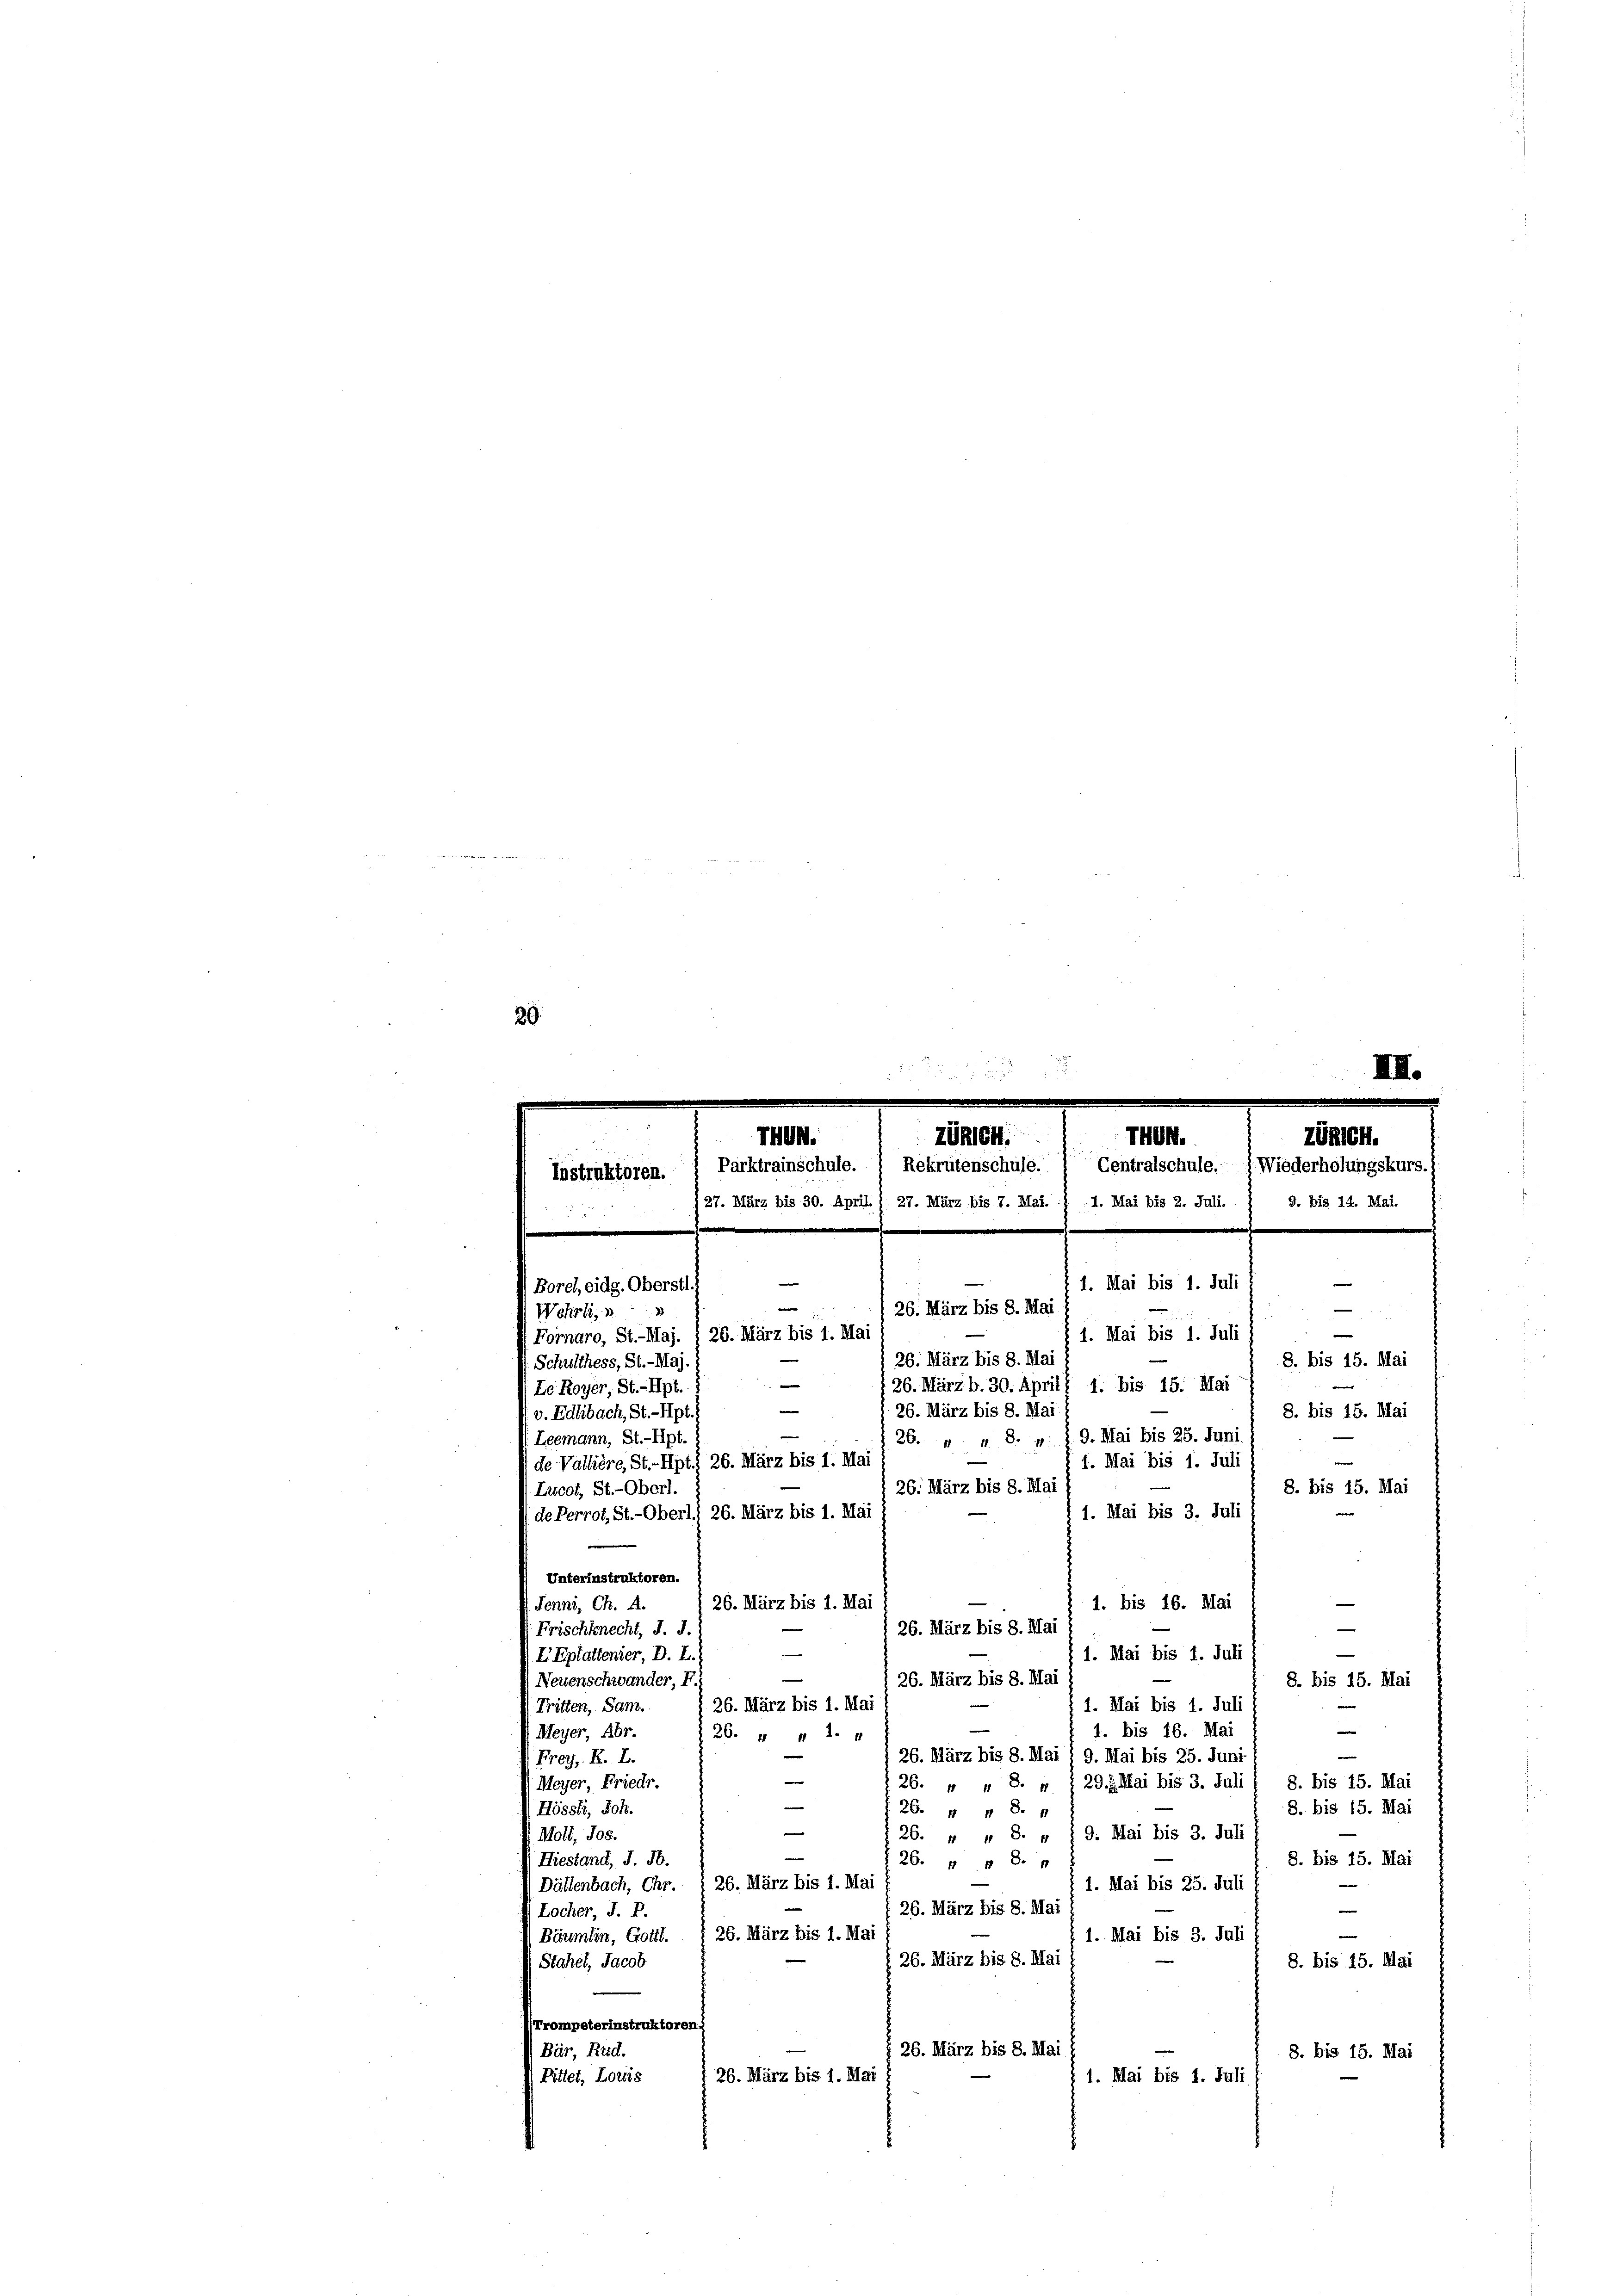
20
15 x
IIII.

THUN.
THGB.
ZURICH.
Zürich.
Instruktoren. ( Parktrainschule.  Rekrutenschule. Centralschule. J. Wiederholungskurs. I
I. Mai bis 2. Juli.
(27. März bis 30. April. ) 27. März bis 7. Mai.
9. bis 14. Mai.
e

1. Mai bis 1. Juli
—
e
1. Mai bis 1. Juli
8. bis 15. Mai
8. bis 15. Mai
1. Mai bis 1. Juli
8. bis 15. Mai
1. Mai bis 3. Juli 1
Unterinstruktoren.
1. bis 16. Mai
26. März bis 1. Mai
Penni, Ch. A.
26. März bis 8. Mai
rischknecht, J. J.
e
e
Eptattenier, D. L.
1. Mai bis 1. Juli
e
26. März bis 8. Mai
Neuenschwander, F.
8. bis 15. Mai
26. März bis 1. Mai
ritten, Sam.
1. Mai bis 1. Juli
e
1. bis 16. Mai
eyer, Abr.
26. 4 n 1. 4
e
26. März bis 8. Mai § 9. Mai bis 25. Juni
ret. F. I
¬
26. „ „ 8. „ 1 29. Mai bis 3. Juli / 8. bis 15. Mai
Meyer, Friedr.
Jössli, Joh.
8. bis 15. Mai
26 n 8.
Woll, Jos.
26. " " 8. u § 9. Mai bis 3. Juli
8. bis 15. Mai
Tiestand, J. H.
26. 48. 4
Dällenbach, Chr. 1 26. März bis 1. Mai
1. Mai bis 25. Juli
26. März bis 8. Mai
Locher, J. P.
e
e
Bäumlin, Gottl. I 26. März bis 1. Mai
1. Mai bis 3. Juli
26. März bis 8. Mai
8. bis 15. Mai
Stahel, Jacob
rompeterinstruktoren.
§ 26. März bis 8. Mai 1
Bär, Rud.
8. bis 15. Mai
26. März bis 1. Mai
Pittet, Loris
1. Mai bis 1. Juli

Borel, eide. Oberstl.
 26. März bis 8. Mai
Wehrli,
Fornaro, St.-Maj. § 26. März bis 1. Mai
26. März bis 8. Mai
hulthess, St.-Maj.
e
 26. März b. 30. Aprils 1. bis 15. Mai
Le Royer, St.-Hpt.
. 26. März bis 8. Mai
Edlibach, St.-Hpt.)
|
eemann, St.-Apt.
26. " " 8. u. §. 9. Mai bis 25. Juni
e Vallière, St.- Hpt 26. März bis 1. Mai
26. März bis 8. Mai
ucot, St.-Oberl.
te Perrot, St.-Oberl! 26. März bis 1. Mai

e
|